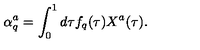
\alpha _ { q } ^ { a } = \int _ { 0 } ^ { 1 } d \tau f _ { q } ( \tau ) X ^ { a } ( \tau ) .